system: You are a helpful assistant.
user:
Analyze the provided spectrum to determine if it is a **"Cataclysmic Variables (CV)"**.

- **Key Indicators for CV (Check for either state):**
    - **State 1: Quiescent / Low-State (Emission-Dominated)**
        - **(Primary):** Strong and *very broad* Hydrogen Balmer emission lines (e.g., $H\alpha$ at 6563 Å, $H\beta$ at 4861 Å). The 'broadness' (high velocity dispersion, often FWHM > 1000 km/s) is the key diagnostic, indicating a high-velocity accretion disk.
        - **(Secondary):** Broad neutral Helium (He I) emission lines (e.g., 5876 Å, 6678 Å).
        - **(Key Confirmation):** Presence of high-excitation *ionized* Helium (He II) emission at 4686 Å. This is a strong indicator of accretion onto a white dwarf.
        - **(Line Profile):** Emission lines may exhibit a 'double-peaked' profile, which is a classic signature of a rotating accretion disk viewed at high inclination.

    - **State 2: Outburst / High-State (Absorption-Dominated)**
        - **(Primary):** Spectrum is dominated by a bright, blue continuum (looks like a hot star).
        - **(Secondary):** The emission lines from State 1 are weak, absent, or 'filled in', and are replaced by broad, shallow *absorption* lines (primarily Balmer and He I).
        - **(Morphology):** The overall spectrum mimics a hot B/A-type star. The crucial difference is that the absorption lines are significantly broader, shallower, and more 'washed-out' (or 'smeared') than the sharp lines of a normal stellar photosphere, due to high rotational speeds and pressure broadening in the disk.

Think first, call **spectral_visualization_tool** if needed to examine features in detail, then provide your final answer. Your response must adhere to the following strict rules:
1.  **Overall Structure:** Your response must follow the format `<think>...</think> <tool_call>...</tool_call> (if a tool is used) <answer>...</answer>`.
2.  **Tool Usage Constraint:** You may only make **one** tool call per turn.
3.  **Final Answer Format:** In the `<answer>` tag, your conclusion must be inside a `\boxed{}` command (e.g., `\boxed{YES}`), followed by your justification.

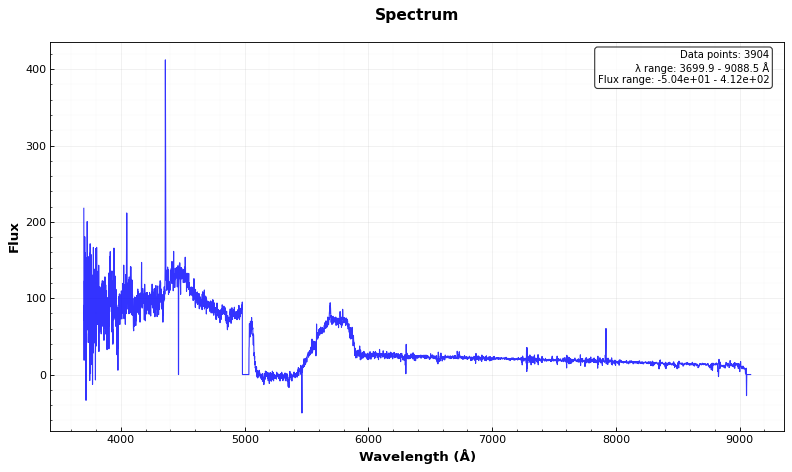
Answer: NO